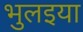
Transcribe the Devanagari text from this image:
भुलइया